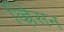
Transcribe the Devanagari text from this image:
व्ह्रिसन